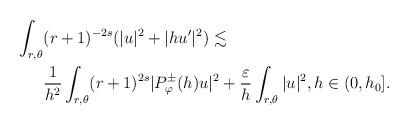
LaTeX: \begin{align*} \int_{r,\theta} &(r + 1)^{-2s}(|u|^2 + |hu'|^2) \lesssim \\ & \frac{1}{h^2} \int_{r,\theta} (r + 1)^{2s}|P^{\pm}_\varphi(h)u|^2 + \frac{\varepsilon}{h} \int_{r, \theta} |u|^2, h \in (0, h_0]. \end{align*}